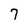
Character: 7